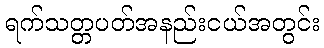
ရက်သတ္တပတ်အနည်းငယ်အတွင်း